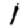
Digit: 1